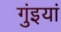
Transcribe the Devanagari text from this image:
गुंइयां